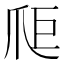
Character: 𤔋